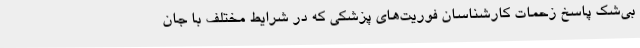
بی‌شک پاسخ زحمات کارشناسان فوریت‌های پزشکی که در شرایط مختلف با جان